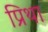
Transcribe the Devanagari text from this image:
प्रिथा